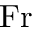
\mathrm { F r }